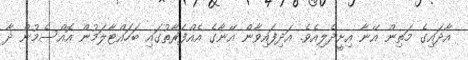
އާދައިގެ މަތިން އޭނާ އިށީދެލިއެވެ. އަދިފައިވާން އޭނާގެ އެއްފަރާތުގައި ބަހައްޓާލަމުން އޮއްސެމުން ދާ